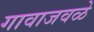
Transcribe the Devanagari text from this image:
गावाजवळे